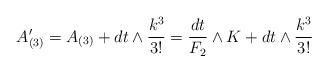
LaTeX: \begin{align*}A^\prime_{(3)} = A_{(3)} + dt \wedge {k^3 \over 3!} = {dt \over F_2} \wedge K + dt \wedge {k^3 \over 3!}\end{align*}